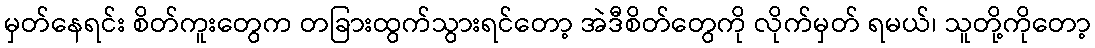
မှတ်နေရင်း စိတ်ကူးတွေက တခြားထွက်သွားရင်တော့ အဲဒီစိတ်တွေကို လိုက်မှတ် ရမယ်၊ သူတို့ကိုတော့